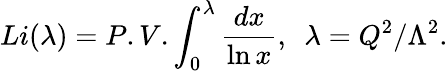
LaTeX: Li(\lambda)=P.V.\int_{0}^{\lambda}\frac{dx}{\ln x},~~\lambda=Q^{2}/\Lambda^{2}.